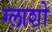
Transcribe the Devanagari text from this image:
ग्लाशो